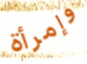
وإمرأة